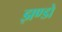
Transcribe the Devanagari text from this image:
झण्डो